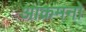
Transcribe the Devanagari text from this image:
आक्रमनो